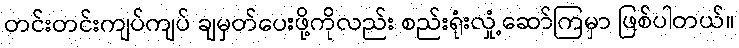
တင်းတင်းကျပ်ကျပ် ချမှတ်ပေးဖို့ကိုလည်း စည်းရုံးလှုံ့ဆော်ကြမှာ ဖြစ်ပါတယ်။